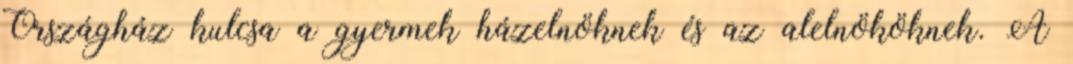
Országház kulcsa a gyermek házelnöknek és az alelnököknek. A